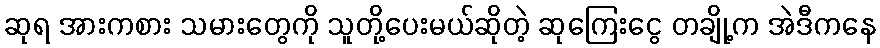
ဆုရ အားကစား သမားတွေကို သူတို့ပေးမယ်ဆိုတဲ့ ဆုကြေးငွေ တချို့က အဲဒီကနေ